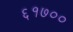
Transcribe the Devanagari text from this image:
६१७००